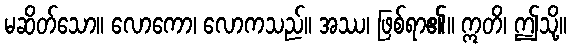
မဆိတ်သော။ လောကော၊ လောကသည်။ အဿ၊ ဖြစ်ရာ၏။ ဣတိ၊ ဤသို့။